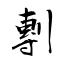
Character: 剸